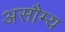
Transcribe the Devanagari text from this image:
असौम्य